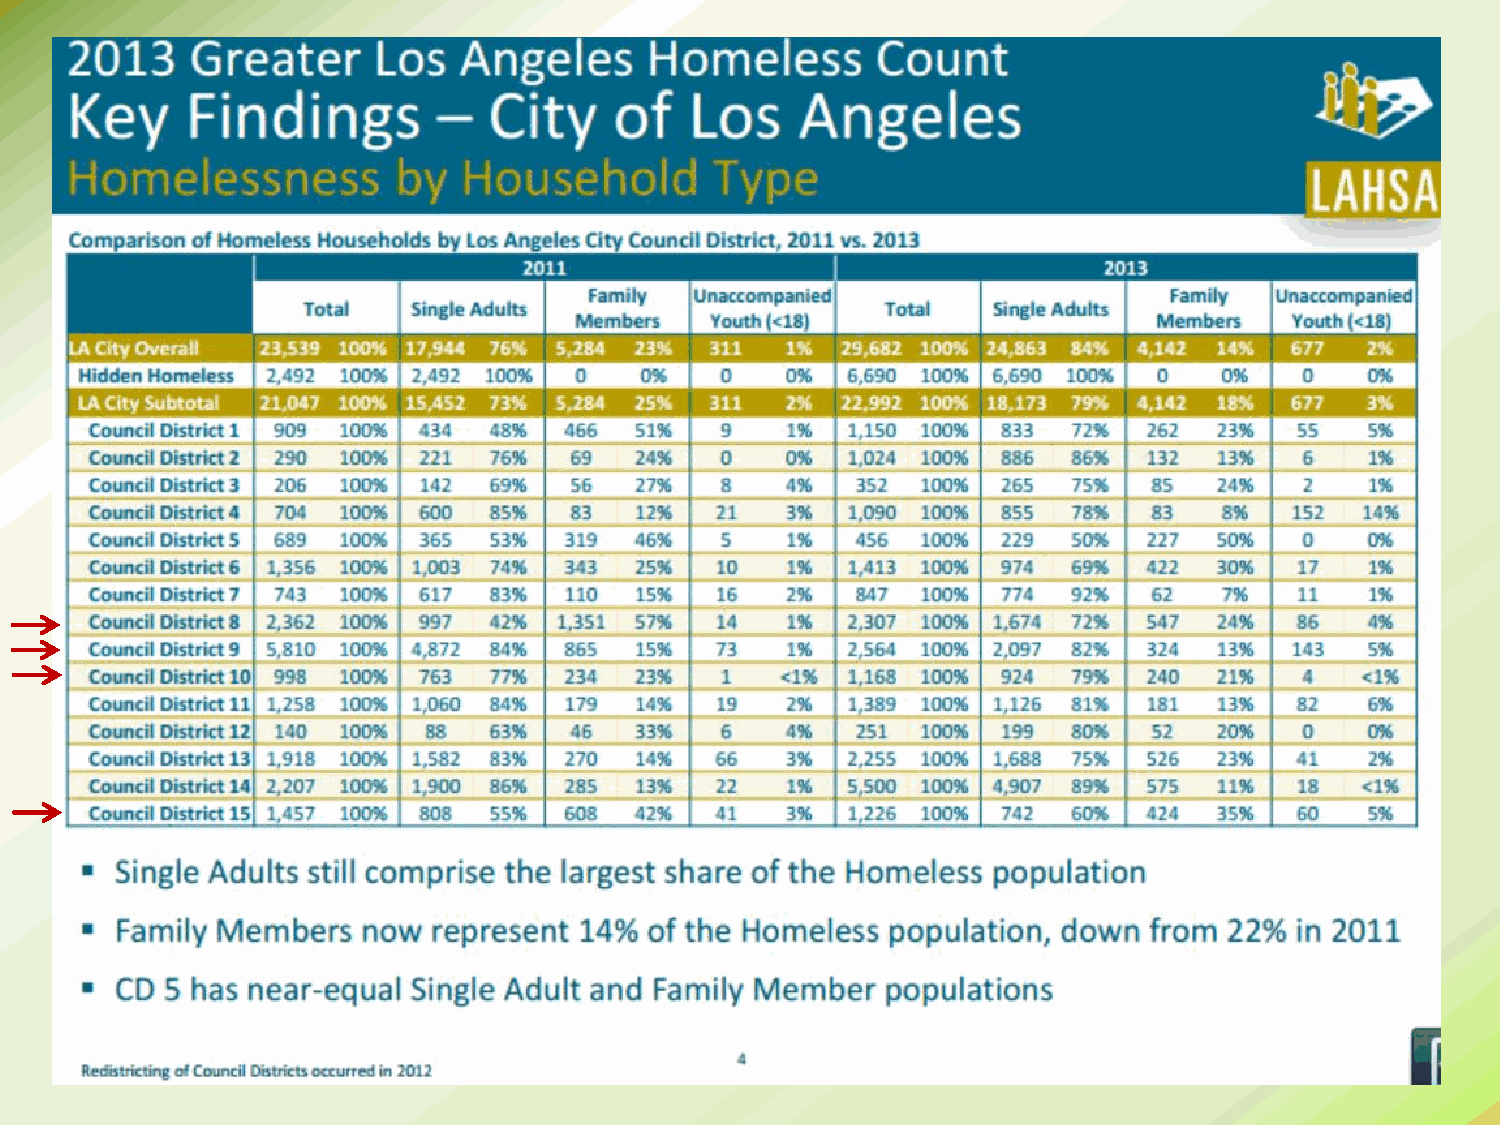
9                        April 30, 2014